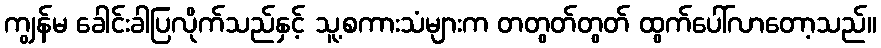
ကျွန်မ ခေါင်းခါပြလိုက်သည်နှင့် သူ့စကားသံများက တတွတ်တွတ် ထွက်ပေါ်လာတော့သည်။